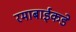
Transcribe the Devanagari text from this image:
रमाबाईकडे